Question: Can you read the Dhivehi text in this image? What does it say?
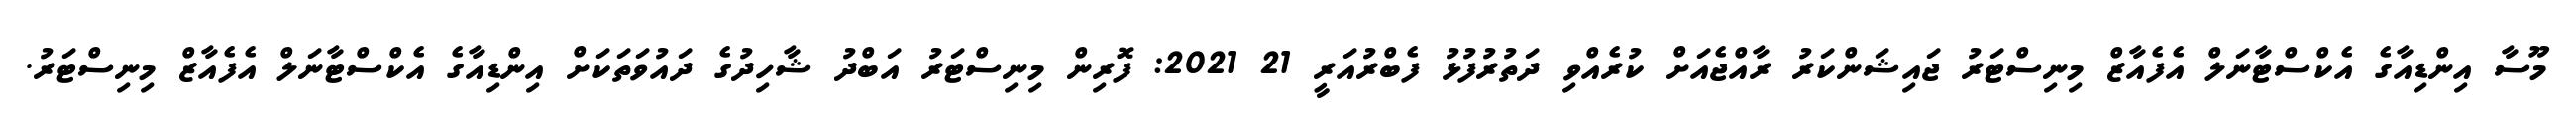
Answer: މޫސާ އިންޑިއާގެ އެކްސްޓާނަލް އެފެއާޒް މިނިސްޓަރު ޖައިޝަންކަރު ރާއްޖެއަށް ކުރެއްވި ދަތުރުފުޅު ފެބްރުއަރީ 21 2021: ފޮރިން މިނިސްޓަރު އަބްދު ޝާހިދުގެ ދައުވަތަކަށް އިންޑިއާގެ އެކްސްޓާނަލް އެފެއާޒް މިނިސްޓަރު.